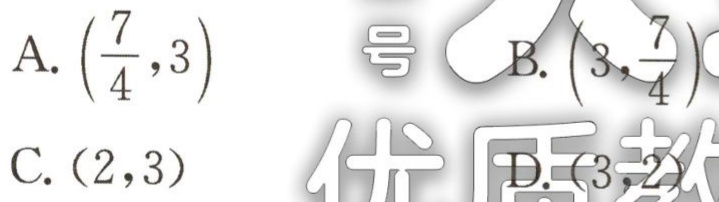
A. \(\left(\frac{7}{4},3\right)\) 号 B. \(\left(3,\frac{7}{4}\right)\)

C. \((2,3)\) D. \((3,2)\)